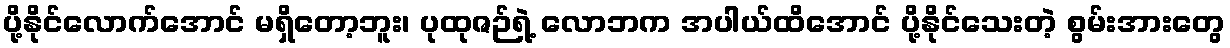
ပို့နိုင်လောက်အောင် မရှိတော့ဘူး၊ ပုထုဇဉ်ရဲ့ လောဘက အပါယ်ထိအောင် ပို့နိုင်သေးတဲ့ စွမ်းအားတွေ